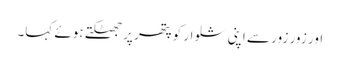
اور زور زور سے اپنی شلوار کو پتھر پر جھٹکتے ہوئے کہا۔